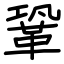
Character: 鞏